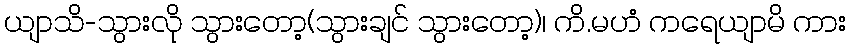
ယျာသိ-သွားလို သွားတော့(သွားချင် သွားတော့)၊ ကိ.မဟံ ကရေယျာမိ ကား